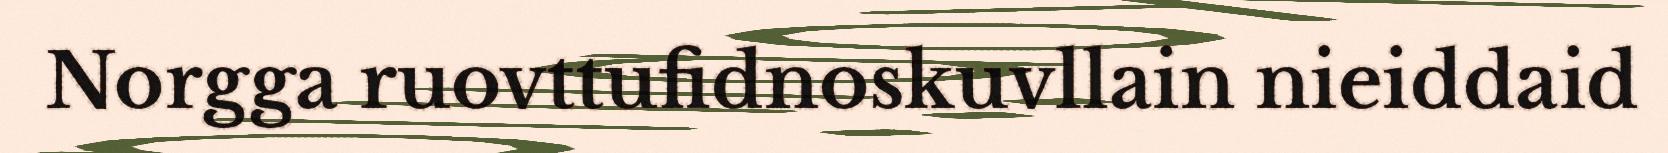
Norgga ruovttufidnoskuvllain nieiddaid